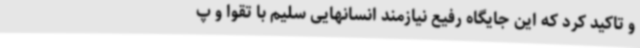
و تاکید کرد که این جایگاه رفیع نیازمند انسانهایی سلیم با تقوا و پ